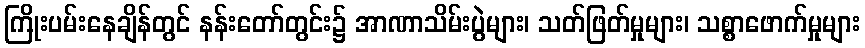
ကြိုးပမ်းနေချိန်တွင် နန်းတော်တွင်း၌ အာဏာသိမ်းပွဲများ၊ သတ်ဖြတ်မှုများ၊ သစ္စာဖောက်မှုများ